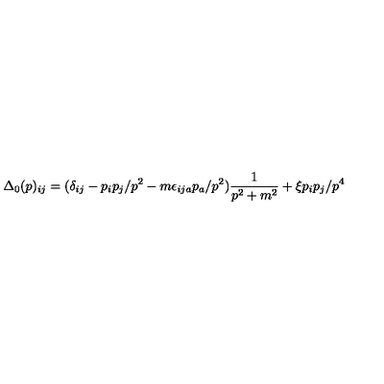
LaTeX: \Delta _ { 0 } ( p ) _ { i j } = ( \delta _ { i j } - p _ { i } p _ { j } / p ^ { 2 } - m \epsilon _ { i j a } p _ { a } / p ^ { 2 } ) \frac { 1 } { p ^ { 2 } + m ^ { 2 } } + \xi p _ { i } p _ { j } / p ^ { 4 }